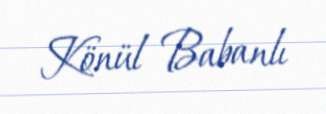
Könül Babanlı